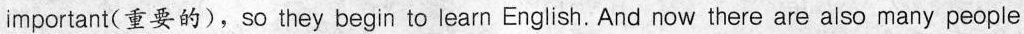
important（重要的），so they begin to learn English. And now there are also many people